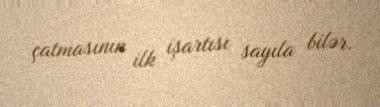
çatmasının ilk işartısı sayıla bilər.